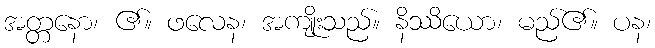
အတ္တနော၊ ၏။ ဖလေန၊ အကျိုးသည်။ နိဿိယော၊ မည်၏။ ပန၊